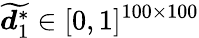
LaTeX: \displaystyle\widetilde{\boldsymbol{d}_{1}^{*}}\in[0,1]^{100\times 100}